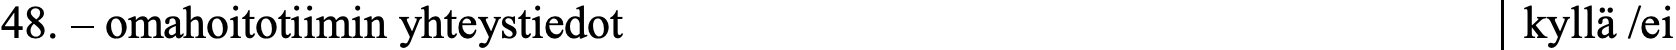
48. – omahoitotiimin yhteystiedot                 kyllä /ei